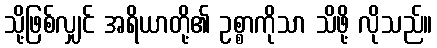
သို့ဖြစ်လျှင် အရိယာတို့၏ ဥစ္စာကိုသာ သိဖို့ လိုသည်။